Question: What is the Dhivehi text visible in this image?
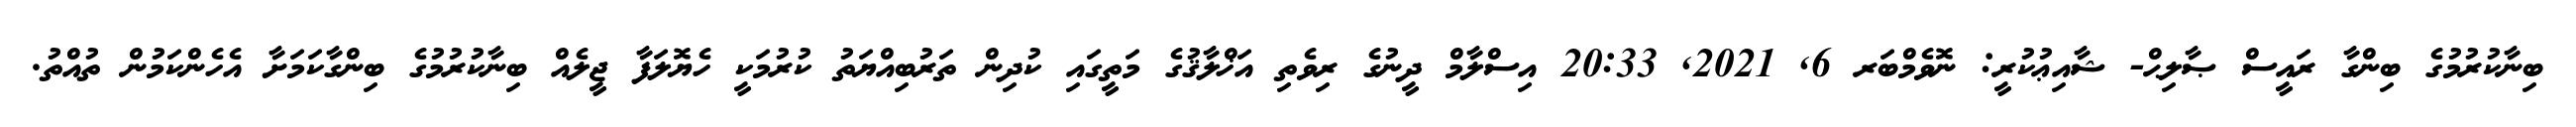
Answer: ބިނާކުރުމުގެ ބިންގާ ރައީސް ޞާލިޙް- ޝާއިޢުކުރީ: ނޮވެމްބަރ 6, 2021, 20:33 އިސްލާމް ދީނުގެ ރިވެތި އަޚްލާޤުގެ މަތީގައި ކުދިން ތަރުބިއްޔަތު ކުރުމަކީ ހެޔޮލަފާ ޖީލެއް ބިނާކުރުމުގެ ބިންގާކަމަށާ އެހެންކަމުން ތުއްތު.